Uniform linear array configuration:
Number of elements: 32
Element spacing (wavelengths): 0.75
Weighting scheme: exponential
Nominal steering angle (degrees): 45
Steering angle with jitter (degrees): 43.256
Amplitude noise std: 0.05
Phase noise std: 0.05

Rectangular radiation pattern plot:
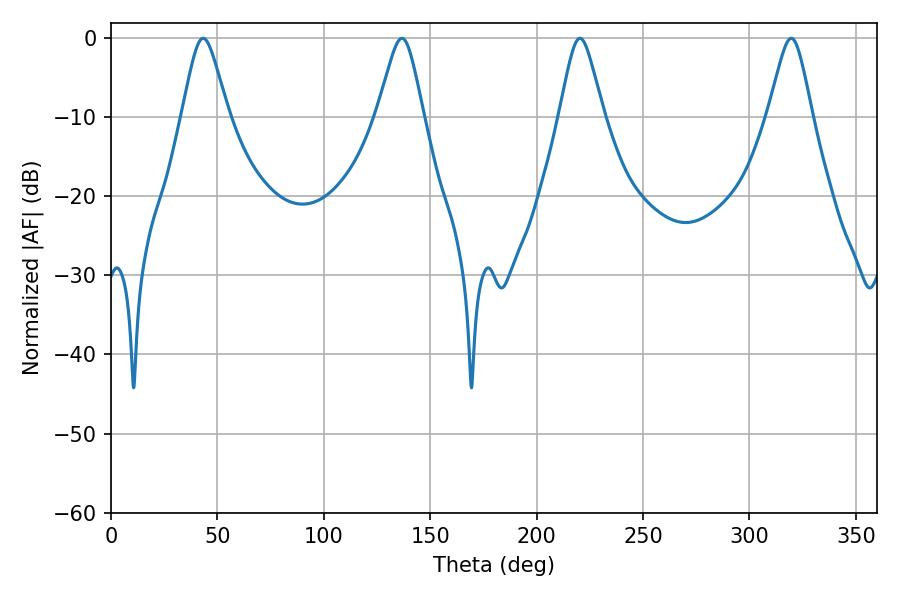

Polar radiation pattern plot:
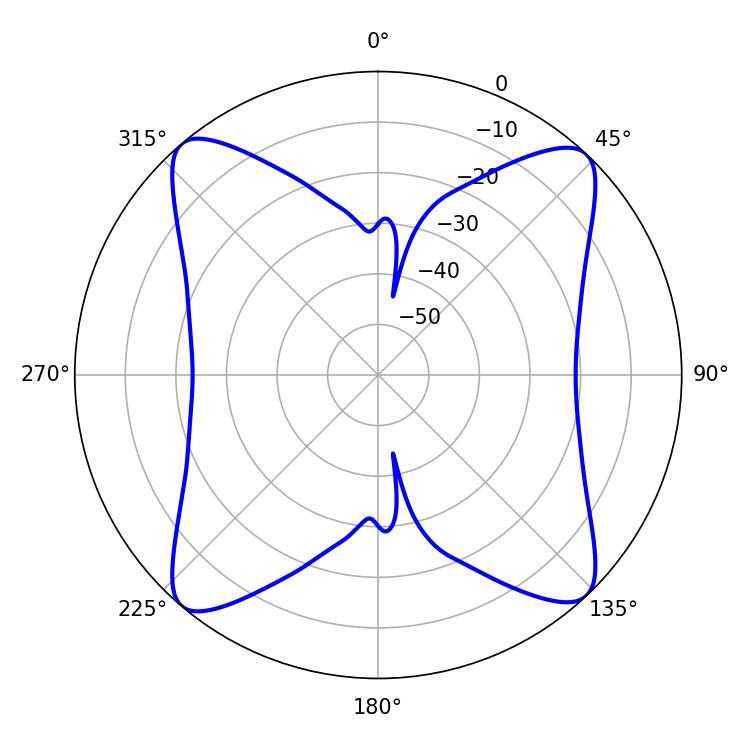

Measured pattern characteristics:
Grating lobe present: TRUE
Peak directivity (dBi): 17.618
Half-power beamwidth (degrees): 10.08
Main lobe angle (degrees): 220.32